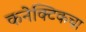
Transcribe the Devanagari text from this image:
कनेक्टिकचा